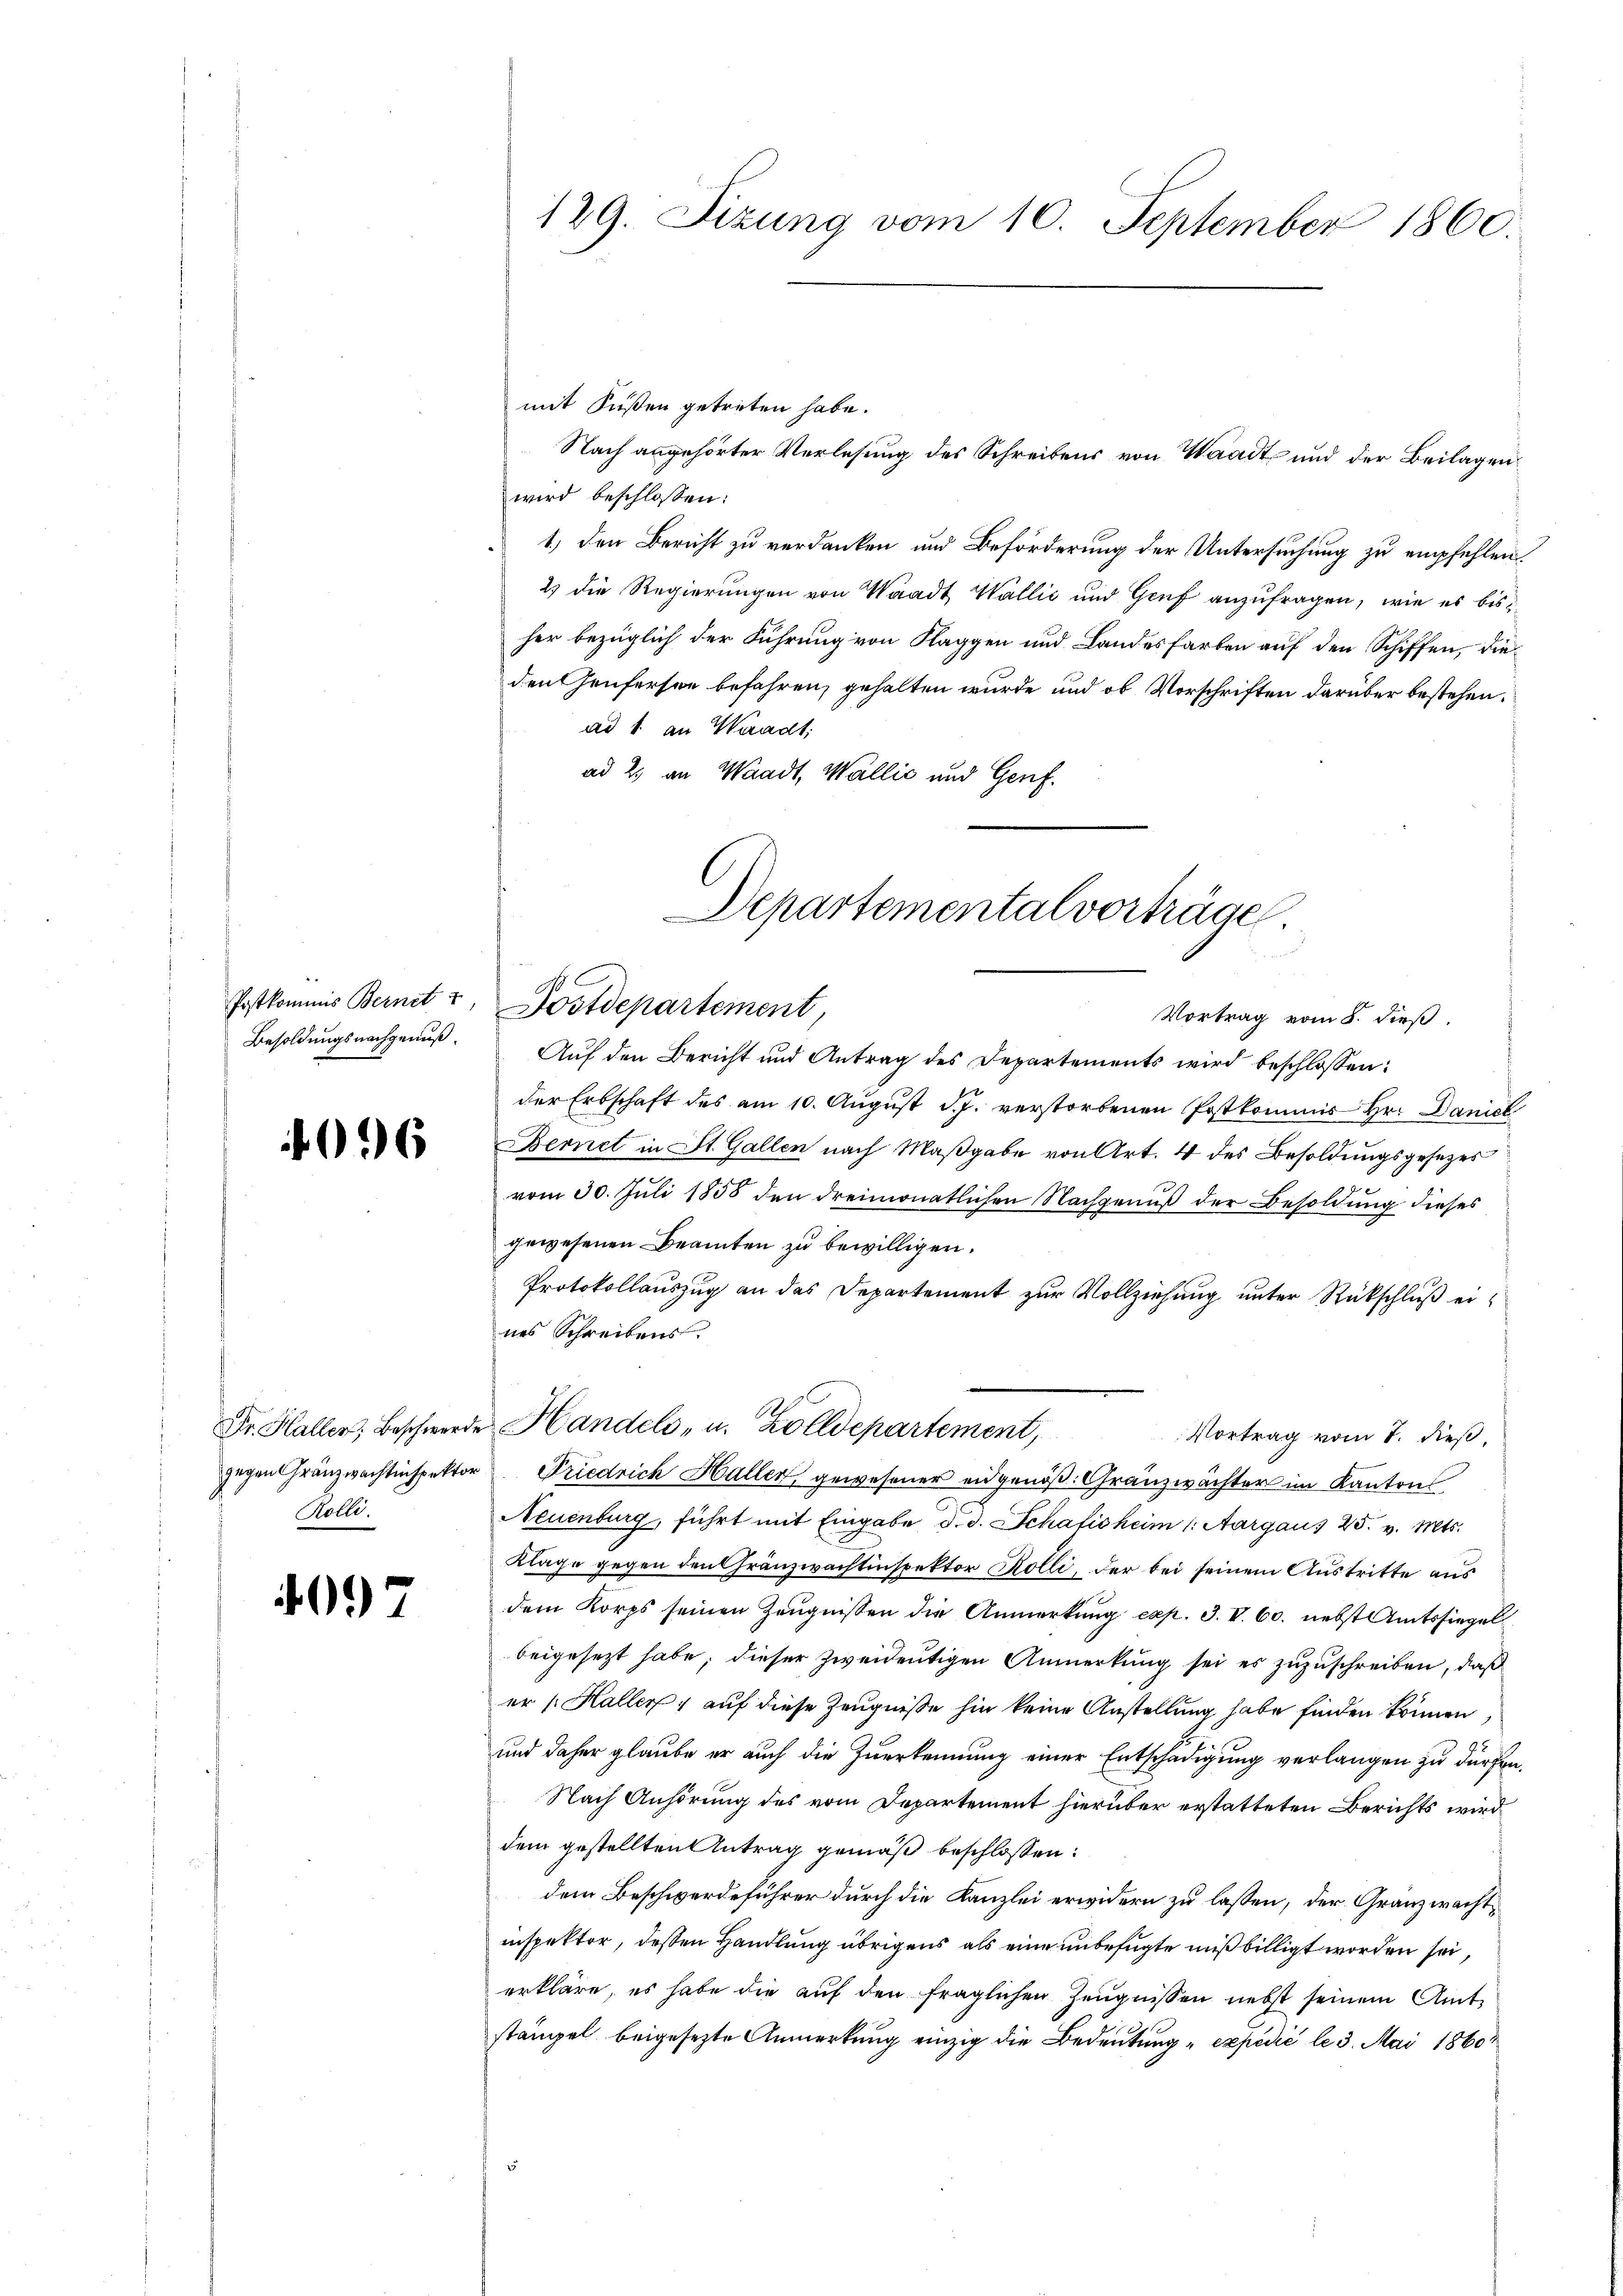
096

Kölli.

4097

mit Füßen getreten habe.
wird beschlossen:
1.) Den Bericht zu verdanken und Beförderung der Untersuchung zu empfehlen.
2 die Regierungen von Waadt Wallić und Genf anzufragen, wie es bisher bezüglich der Führung von Klaggen und Landesfarben auf den Schiffen, dieden Genferson befahren, gehalten wurde und ob Vorschriften darüber bestehen.
ad 1 an Waadt:
ad 2. an Waadt, Wallić und Genf.
Besoldungsnachgenuß. Auf den Bericht und Antrag des Departements wird beschlossen:
der Erbschaft des am 10. August d. J. verstorbenen Postkommis Hr. Daniel
Bernet in St. Gallen nach Maßgabe von Art. 4 des Besoldungsgesezes
vom 30. Juli 1858 den dreimonatlichen Nachgenuß der Besoldung dieses
gewesenen Beamten zu bewilligen.
Protokollauszug an das Departement zur Vollziehung unter Rückschluß eines Schreibens.
Fr. Haller, Beschwerde Handels- u. Zolldepartement,
Vortrag vom 7. dieß,
gegen Gränzwachtenspektor Friedrich Haller gewesener eidgenöß. Gränzwächter im Kantons
Neuenburg, führt mit Eingabe d. d. Schafisheim (: Aargau 25. v. Mts.
Klage gegen den Gränzwachtinspektor Kolle, der bei seinem Austritte aus
dem Korps seinen Zeugnissen die Anmerkung exp. 3. V. 60. nebst Amtssiegel
beigesezt habe; dieser zweideutigen Anmerkung sei es zuzuschreiben, daß
er /: Haller 1 auf diese Zeugnisse hin keine Anstellung habe finden können,
und daher glaube er auch die Zuerkennung einer Entschädigung verlangen zu dürfen.
Nach Anhörung des vom Departement hierüber erstatteten Berichts wird
dem gestellten Antrag gemäß beschlossen:
dem Beschwerdeführer durch die Kanzlei erwidern zu lassen, der Gränzwachtinspektor, dessen Handlung übrigens als eine unbefugte mißbilligt worden sei,
erkläre, es habe die auf den fraglichen Zeŭgnissen nebst seinem Amtstämpel beigesetzte Anmerkung einzig die Bedeutung „expédić le 3. Mai 1860

129. Sizung vom 10. September 1860.

Departemental vorträge
Postkommis Bernet u. Postdepartement
Vortrag vom 8. dieß.

Nach angehörter Verlesung des Schreibens von Waadt und der Beilagen